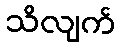
သိလျက်